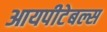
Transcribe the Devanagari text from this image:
आयपीटेबल्स